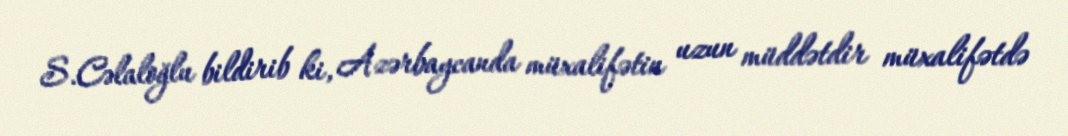
S.Cəlaloğlu bildirib ki, Azərbaycanda müxalifətin uzun müddətdir müxalifətdə